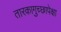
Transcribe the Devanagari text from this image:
तारकागुच्छापेक्षा